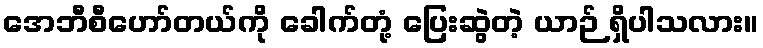
အေဘီစီဟော်တယ်ကို ခေါက်တုံ့ ပြေးဆွဲတဲ့ ယာဉ် ရှိပါသလား။